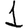
Digit: 1